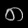
Digit: ၈